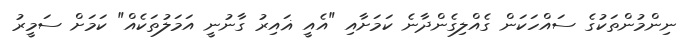
ނިންމުންތަކުގެ ސައްހަކަން ގެއްލިގެންދާނެ ކަމަށާއި "އެއީ ޣައިރު ގާނުނީ އަމަލުތަކެއް" ކަމަށް ސަމީރު